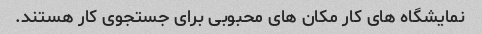
نمایشگاه های کار مکان های محبوبی برای جستجوی کار هستند.